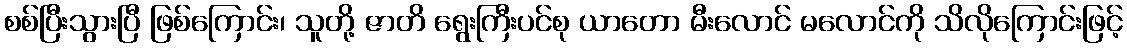
စစ်ပြီးသွားပြီ ဖြစ်ကြောင်း၊ သူတို့ ဇာတိ ရွေးကြီးပင်စု ယာတော မီးလောင် မလောင်ကို သိလိုကြောင်းဖြင့်